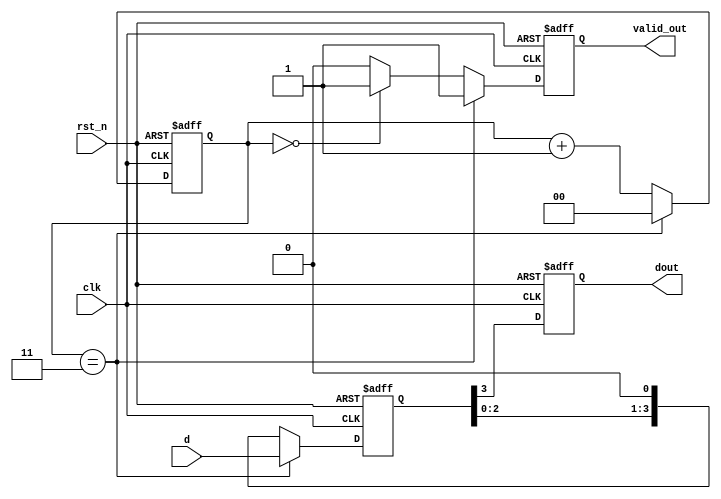
module parallel2serial(
    input wire clk,
    input wire rst_n,
    input wire [3:0] d,
    output reg valid_out,
    output reg dout
);

    // Internal registers
    reg [3:0] data_reg;
    reg [1:0] cnt; // 2-bit counter to handle 4 clock cycles for 4 bits

    // On every positive edge of the clock
    always @(posedge clk or negedge rst_n) begin
        if (!rst_n) begin
            // Resetting all registers when rst_n is 0
            data_reg <= 4'b0000;
            cnt <= 2'b00;
            valid_out <= 1'b0;
            dout <= 1'b0;
        end else begin
            // If counter is 3, indicating the last bit is being outputted, load new data
            if (cnt == 2'b11) begin
                data_reg <= d; // Load the parallel data
                cnt <= 2'b00; // Reset the counter
                valid_out <= 1'b1; // Set valid_out high as data is ready to be outputted
            end else begin
                cnt <= cnt + 1; // Increment the counter
                data_reg <= {data_reg[2:0], 1'b0}; // Shift left the data register
                valid_out <= (cnt == 2'b00) ? 1'b1 : 1'b0; // valid_out high only when cnt is 0
            end
            dout <= data_reg[3]; // Assign MSB of data_reg to dout
        end
    end

endmodule